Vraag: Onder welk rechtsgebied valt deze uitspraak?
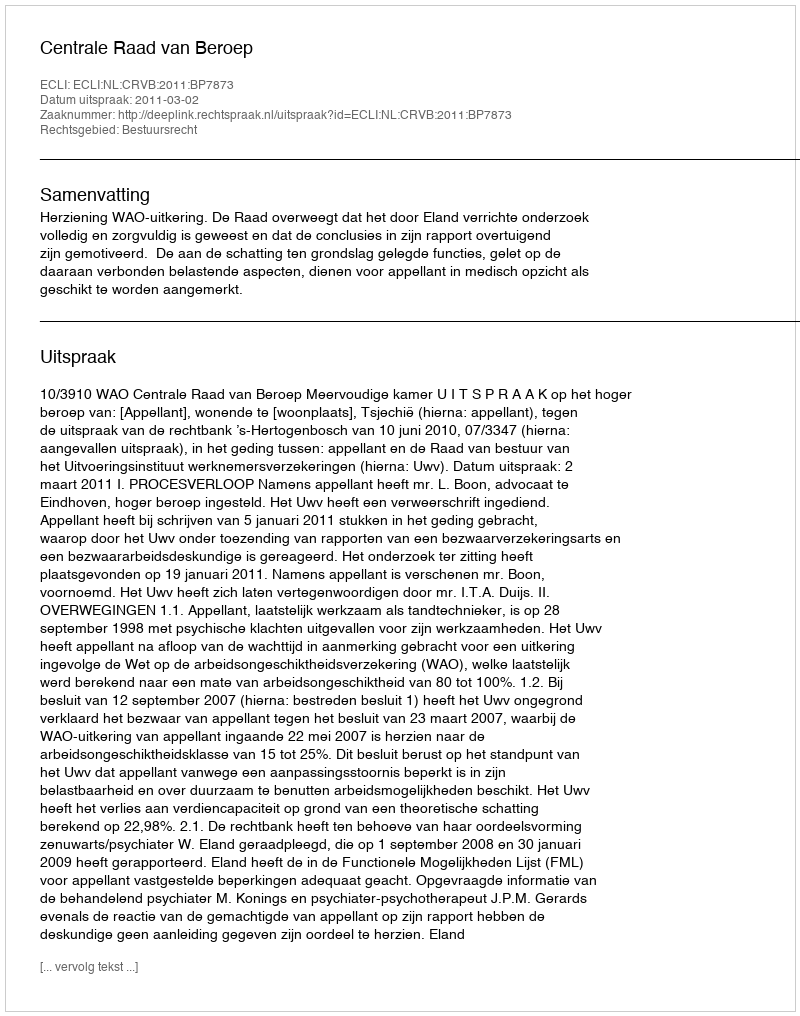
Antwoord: Bestuursrecht